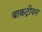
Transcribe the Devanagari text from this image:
बाकट्रीयन